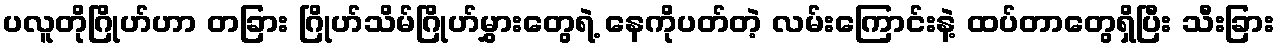
ပလူတိုဂြိုဟ်ဟာ တခြား ဂြိုဟ်သိမ်ဂြိုဟ်မွှားတွေရဲ့ နေကိုပတ်တဲ့ လမ်းကြောင်းနဲ့ ထပ်တာတွေရှိပြီး သီးခြား